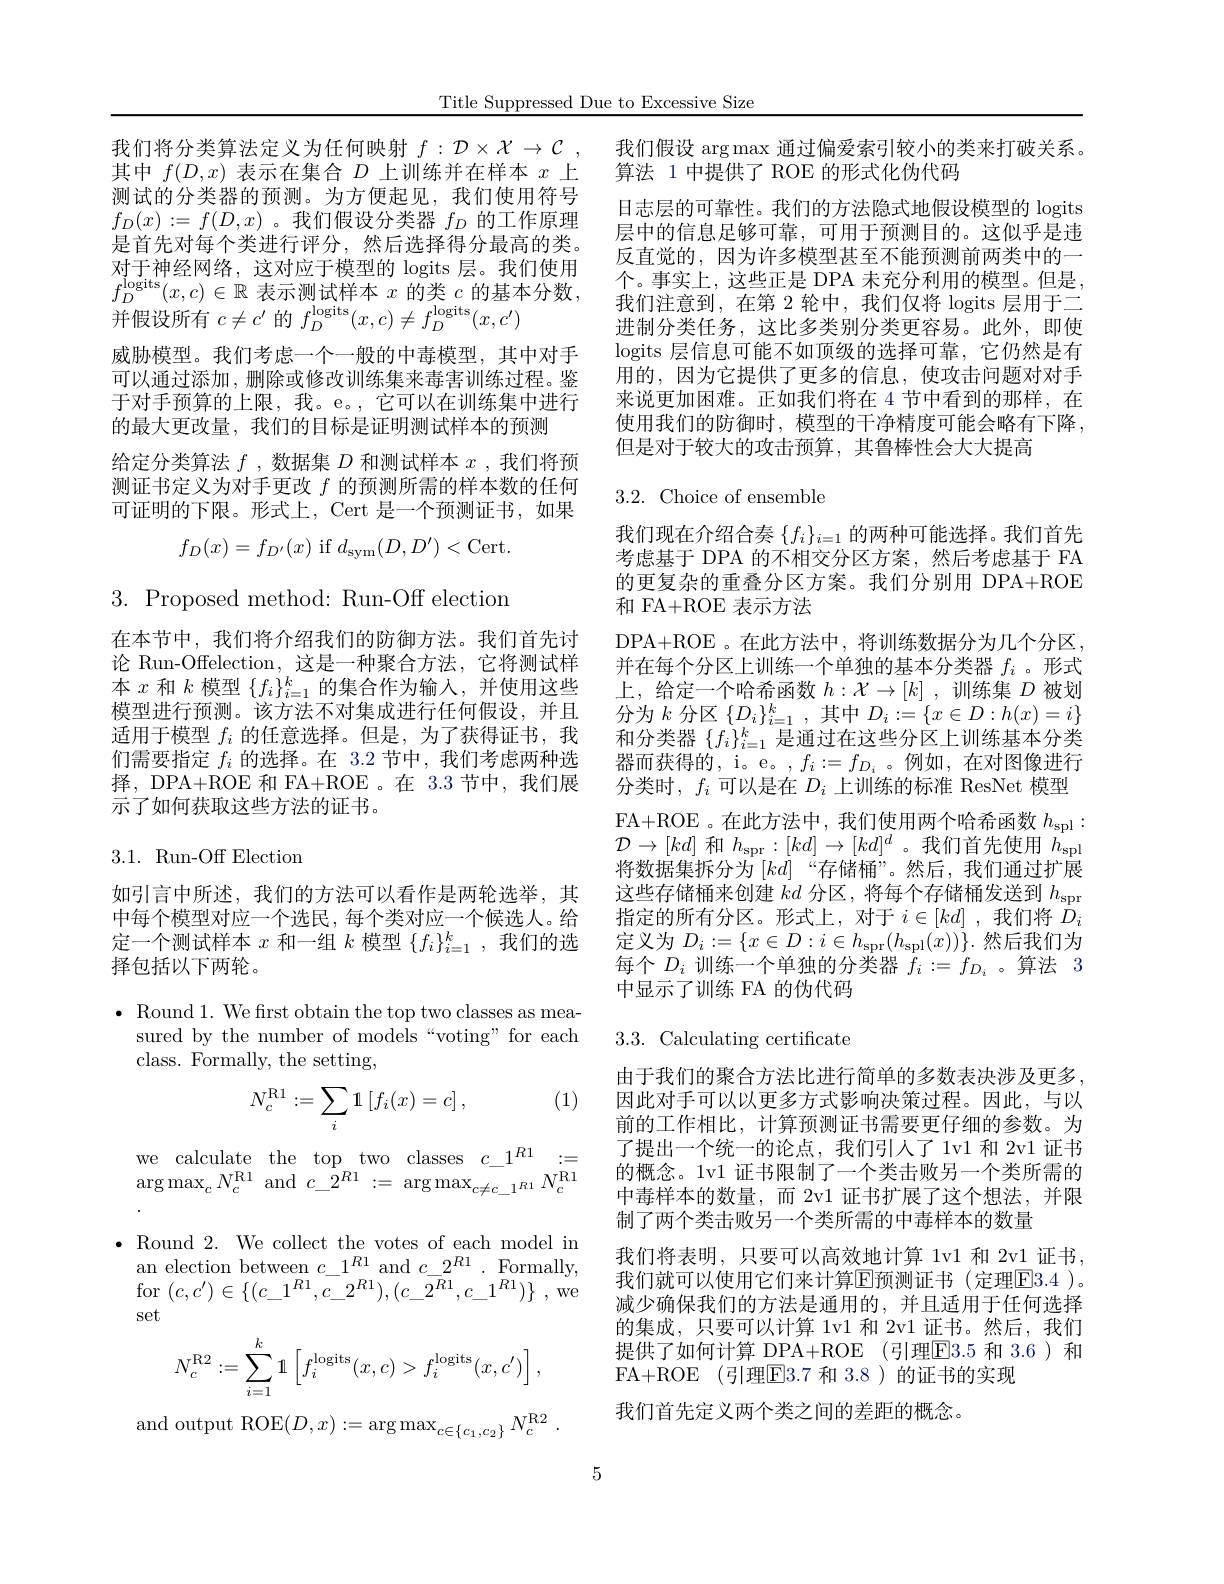
Title Suppressed Due to Excessive Size

我们将分类算法定义为任何映射$f: \mathcal{D} \times \mathcal{X} \to \mathcal{C}$ , 其中$f(D,x)$表示在集合$D$上训练并在样本$x$上测试的分类器的预测。为方便起见，我们使用符号$f_D(x):=f(D,x)$。我们假设分类器$f_D$的工作原理是首先对每个类进行评分，然后选择得分最高的类。对于神经网络，这对应于模型的 logits 层。我们使用$f_D^{\mathrm{logits}}( x, c) \in \mathbb{R}$表示测试样本$x$的类$c$的基本分数， 并假设所有$c\neq c^\prime$的$f_D^\mathrm{logits}(x,c)\neq f_D^\mathrm{logits}(x,c^{\prime})$
威胁模型。我们考虑一个一般的中毒模型，其中对手可以通过添加，删除或修改训练集来毒害训练过程。鉴于对手预算的上限，我。e。,它可以在训练集中进行的最大更改量，我们的目标是证明测试样本的预测
给定分类算法$f$ ,数据集$D$和测试样本$x$ ,我们将预测证书定义为对手更改$f$的预测所需的样本数的任何可证明的下限。形式上，Cert 是一个预测证书，如果
$$f_D(x)=f_{D'}(x)\text{if}d_{\mathrm{sym}}(D,D')<\mathrm{Cert}.$$
$3.{\mathrm{~Proposed~method:~Run-Off~election}}$

在本节中，我们将介绍我们的防御方法。我们首先讨论 Run-Offelection, 这是一种聚合方法，它将测试样本$x$和$k$模型$\{f_i\}_i=1^k$的集合作为输入，并使用这些模型进行预测。该方法不对集成进行任何假设，并且适用于模型$f_i$的任意选择。但是，为了获得证书，我们需要指定$f_i$的选择。在 3.2 节中，我们考虑两种选择，DPA+ROE 和 FA+ROE 。在 3.3 节中，我们展示了如何获取这些方法的证书。

## 3.1. Run-Off Election

如引言中所述，我们的方法可以看作是两轮选举，其中每个模型对应一个选民，每个类对应一个候选人。给定一个测试样本$x$和一组$k$模型$\{f_i\}_i=1^k$,我们的选择包括以下两轮。

$\bullet$ Round 1. We first obtain the top two classes as mea-
sured by the number of models“voting” for each
class. Formally, the setting,

(1)
$$N_c^{\text{R}1}:=\sum_i\mathbb{1}\left[f_i(x)=c\right],$$
we calculate the top two classes $c\_1^{R1}:=$ $\arg\max_{c}N_{c}^{\mathrm{R1}}$and$c\_2^{R1}:=\arg\max_{c\neq c\_1^{R1}}N_{c}^{\mathrm{R1}}$

$\bullet$ Round 2. We collect the votes of each model in an election between $c\_1^{R1}$ and $c\_2^{R1}.$ Formally, for $( c, c^{\prime }) \in \{ ( c\_ 1^{R1}, \overline {c\_ 2^{R1}}) , ( c\_ \overline {2^{R1}}, c\_ 1^{R1}) \}$ ,we set
$$N_c^{\text{R}2}:=\sum_{i=1}^k1\left[f_i^{\text{logits}}(x,c)>f_i^{\text{logits}}(x,c')\right],$$
and output ROE$( D, x) : = \arg \max _{c\in \{ c_1, c_2\} }N_c^\mathrm{R2}$ .

我们假设 arg max 通过偏爱索引较小的类来打破关系。
算法 1 中提供了 ROE 的形式化伪代码
日志层的可靠性。我们的方法隐式地假设模型的 logits 层中的信息足够可靠，可用于预测目的。这似乎是违反直觉的，因为许多模型甚至不能预测前两类中的一个。事实上，这些正是 DPA 末充分利用的模型。但是， 我们注意到，在第 2 轮中，我们仅将 logits 层用于二进制分类任务，这比多类别分类更容易。此外，即使logits 层信息可能不如顶级的选择可靠，它仍然是有用的，因为它提供了更多的信息，使攻击问题对对手来说更加困难。正如我们将在 4 节中看到的那样，在使用我们的防御时，模型的干净精度可能会略有下降， 但是对于较大的攻击预算，其鲁棒性会大大提高

## 3.2. Choice of ensemble

我们现在介绍合奏$\{f_i\}_{i=1}$的两种可能选择。我们首先考虑基于 DPA 的不相交分区方案，然后考虑基于 FA 的更复杂的重叠分区方案。我们分别用 DPA+ROE 和 FA+ROE 表示方法
DPA+ROE 。在此方法中，将训练数据分为几个分区并在每个分区上训练一个单独的基本分类器$f_i$ 。形式上，给定一个哈希函数$h:\mathcal{X}\to[k]$ ,训练集$D$被划分为$k$分区$\{D_i\}_{i=1}^k$,其中$D_i:=\{x\in D:h(x)=i\}$ 和分类器$\{f_i\}_{i=1}^k$是通过在这些分区上训练基本分类器而获得的，i。e。, $f_i:=f_{D_i}$。例如，在对图像进行分类时，$f_i$可以是在$D_i$上训练的标准 ResNet 模型FA+ROE 。在此方法中，我们使用两个哈希函数$h_\mathrm{spl}:$ $\mathcal{D}\to[kd]$和$h_\mathrm{spr}:[kd]\to[kd]^d$。我们首先使用$h_\mathrm{spl}$ 将数据集拆分为$[kd]$ “存储桶”。然后，我们通过扩展这些存储桶来创建$kd$分区 ,将每个存储桶发送到$h_\mathrm{spr}$ 指定的所有分区。形式上，对于$i\in[kd]$ ,我们将$\dot{D}_i$ 定义为$D_i:=\{x\in D:i\in h_{\mathrm{spr}}(h_{\mathrm{spl}}(x))\}.$然后我们为每个$D_i$训练一个单独的分类器$f_i:=f_{D_i}$。算法 3中显示了训练 FA 的伪代码

3.3.Calculating certificate

由于我们的聚合方法比进行简单的多数表决涉及更多因此对手可以以更多方式影响决策过程。因此，与以前的工作相比，计算预测证书需要更仔细的参数。为了提出一个统一的论点，我们引人了 1v1 和 2v1 证书的概念。1v1 证书限制了一个类击败另一个类所需的中毒样本的数量，而 2v1 证书扩展了这个想法，并限制了两个类击败另一个类所需的中毒样本的数量
我们将表明，只要可以高效地计算 1v1 和 2v1 证书我们就可以使用它们来计算$\mathbb{E}$预测证书(定理$\mathbb{E}3.4$)。减少确保我们的方法是通用的，并且适用于任何选择的集成，只要可以计算 1v1 和 2v1 证书。然后，我们提供了如何计算 DPA+ROE (引理$\boxed{\mathrm{F}}3.5$ 和 3.6) 和FA+ROE (引理$\boxed{\mathrm{E}}3.7$ 和 3.8)的证书的实现
我们首先定义两个类之间的差距的概念。

5